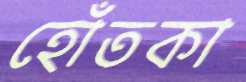
হোঁতকা